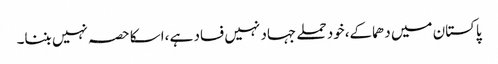
پاکستان میں دھماکے،خود حملے جہاد نہیں فساد ہے ،اسکا حصہ نہیں بننا۔